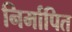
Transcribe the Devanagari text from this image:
निर्मापित